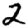
Digit: 2